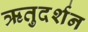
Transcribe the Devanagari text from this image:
ऋतुदर्शन